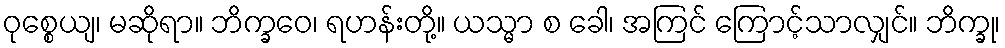
ဝုစ္စေယျ၊ မဆိုရာ။ ဘိက္ခဝေ၊ ရဟန်းတို့။ ယသ္မာ စ ခေါ၊ အကြင် ကြောင့်သာလျှင်။ ဘိက္ခု၊